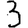
Digit: 3